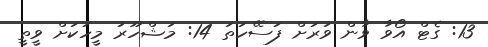
13: ގެޓް އޯވާ ވާން ވަރަށް ފަސޭހަތަ 14: މަޝްހޫރު މީހަކަށް ވީތީ